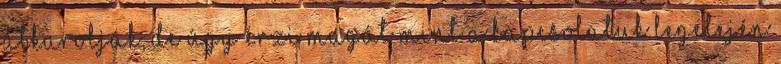
átkarolják, de úgy érzi magát mint a kapcsolatuk legelején